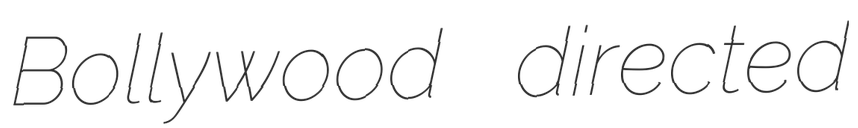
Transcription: Bollywood directed